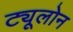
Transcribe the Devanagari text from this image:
ट्यूलोन